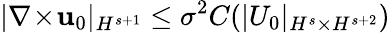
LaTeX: \vert\nabla\! \times\! \mathbf{u}_{0}\vert_{H^{s+1}}\leq\sigma^{2}C(\vert U_{0}\vert_{H^{s}\times H^{s+2}})